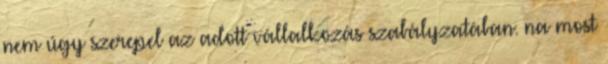
nem úgy szerepel az adott vállalkozás szabályzatában. na most